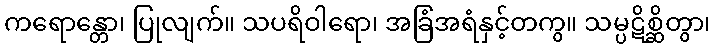
ကရောန္တော၊ ပြုလျက်။ သပရိဝါရော၊ အခြံအရံနှင့်တကွ။ သမ္ပဋိစ္ဆိတွာ၊